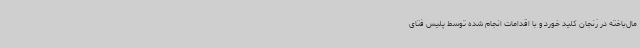
مال‌باخته در زنجان کلید خورد و با اقدامات انجام شده توسط پلیس فتای